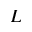
L